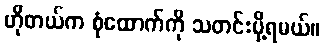
ဟိုတယ်က စုံထောက်ကို သတင်းပို့ရမယ်။